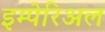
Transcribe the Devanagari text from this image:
इम्पेरिअल